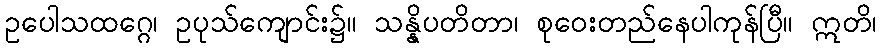
ဥပေါသထဂ္ဂေ၊ ဥပုသ်ကျောင်း၌။ သန္နိပတိတာ၊ စုဝေးတည်နေပါကုန်ပြီ။ ဣတိ၊